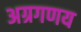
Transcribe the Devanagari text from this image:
अग्रगणय